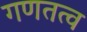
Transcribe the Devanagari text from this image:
गणतत्व